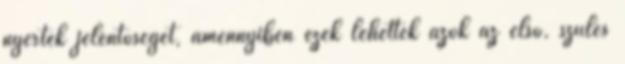
nyertek jelentõséget, amennyiben ezek lehettek azok az elsõ, szülés